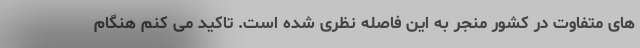
های متفاوت در کشور منجر به این فاصله نظری شده است. تاکید می کنم هنگام